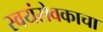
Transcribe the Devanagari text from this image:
स्वयंसेवकाचा